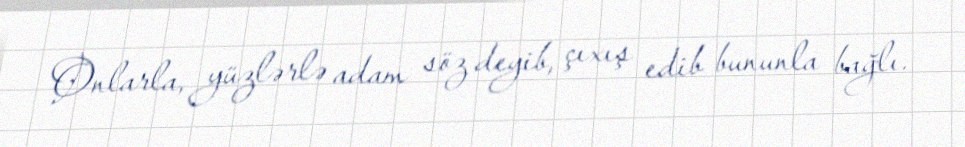
Onlarla, yüzlərlə adam söz deyib, çıxış edib bununla bağlı.